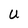
Character: U